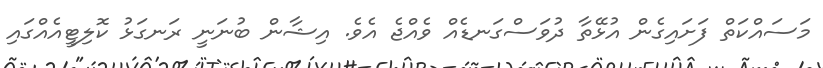
މަސައްކަތް ފަށައިގެން އުޅޭތާ ދުވަސްގަނޑެއް ވެއްޖެ އެވެ. އިޝާން ބުނަނީ ރަނގަޅު ކޮލިޓީއެއްގައި